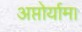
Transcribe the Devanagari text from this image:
अप्तोर्याम।